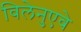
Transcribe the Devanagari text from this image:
विलेनुएवे